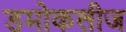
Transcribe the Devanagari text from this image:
डमोकलीज